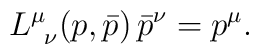
L^\mu_{\;\;\nu}(p, \bar p)\, \bar{p}^\nu=p^\mu.